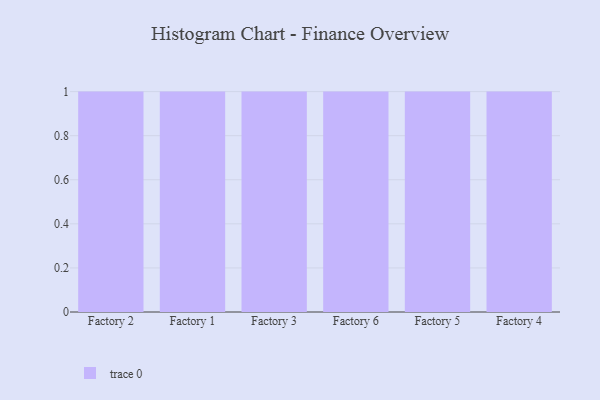
{"axis": {"x": "Factory", "y": "Net Income (USD K)"}, "legend": [""], "data": [{"x": "Factory 2", "y": 44, "type": ""}, {"x": "Factory 1", "y": 100, "type": ""}, {"x": "Factory 3", "y": 41, "type": ""}, {"x": "Factory 6", "y": 57, "type": ""}, {"x": "Factory 5", "y": 61, "type": ""}, {"x": "Factory 4", "y": 100, "type": ""}]}